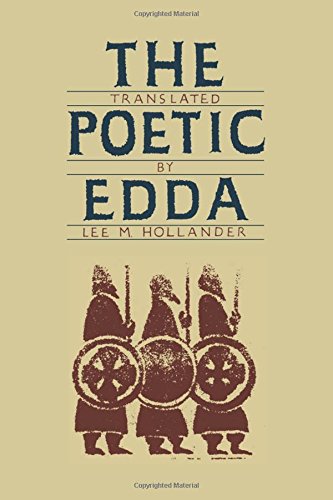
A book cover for The Poetic Edda; Literature & Fiction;